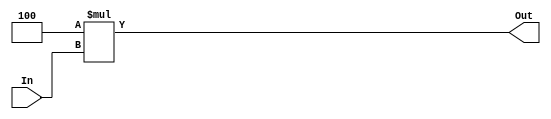
module ShiftLeftJump(input[25:0] In ,output [27:0] Out);
assign Out = 4*In ;
endmodule

module ShiftLeftJumpTest;
reg[25:0]In;wire[27:0]Out;
initial 
begin
$monitor("Out %b",Out);
#10
In= 26'b111100001111000011110000 ;
#10
In= 26'b111100001111000011111111 ;
#10
In= 26'b111100001111000011111010 ;
end 
ShiftLeftJump J1(In ,Out);
endmodule